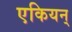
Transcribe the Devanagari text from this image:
एकियन्